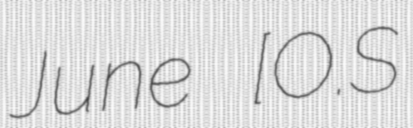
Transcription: June [O.S